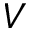
V